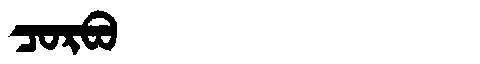
Manchu: ᠴᠣᡵᠪᠣ
Romanization: CORBO